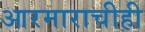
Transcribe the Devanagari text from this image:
आरमाराचीही